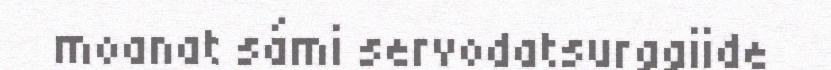
moanat sámi servodatsurggiide